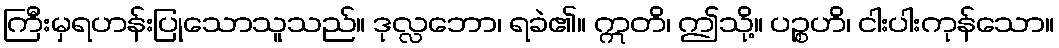
ကြီးမှရဟန်းပြုသောသူသည်။ ဒုလ္လဘော၊ ရခဲ၏။ ဣတိ၊ ဤသို့။ ပဉ္စဟိ၊ ငါးပါးကုန်သော။